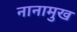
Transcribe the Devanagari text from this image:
नानामुख